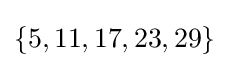
\{5,11,17,23,29\}